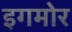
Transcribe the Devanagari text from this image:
इगमोर